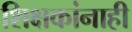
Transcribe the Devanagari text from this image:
शिक्षकांनाही